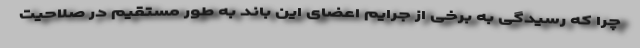
چرا که رسیدگی به برخی از جرایم اعضای این باند به طور مستقیم در صلاحیت